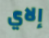
إلاي